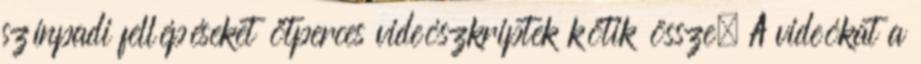
színpadi fellépéseket ötperces videószkriptek kötik össze. A videókat a